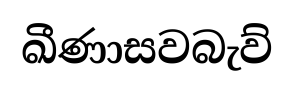
ඛීණාසවබැව්